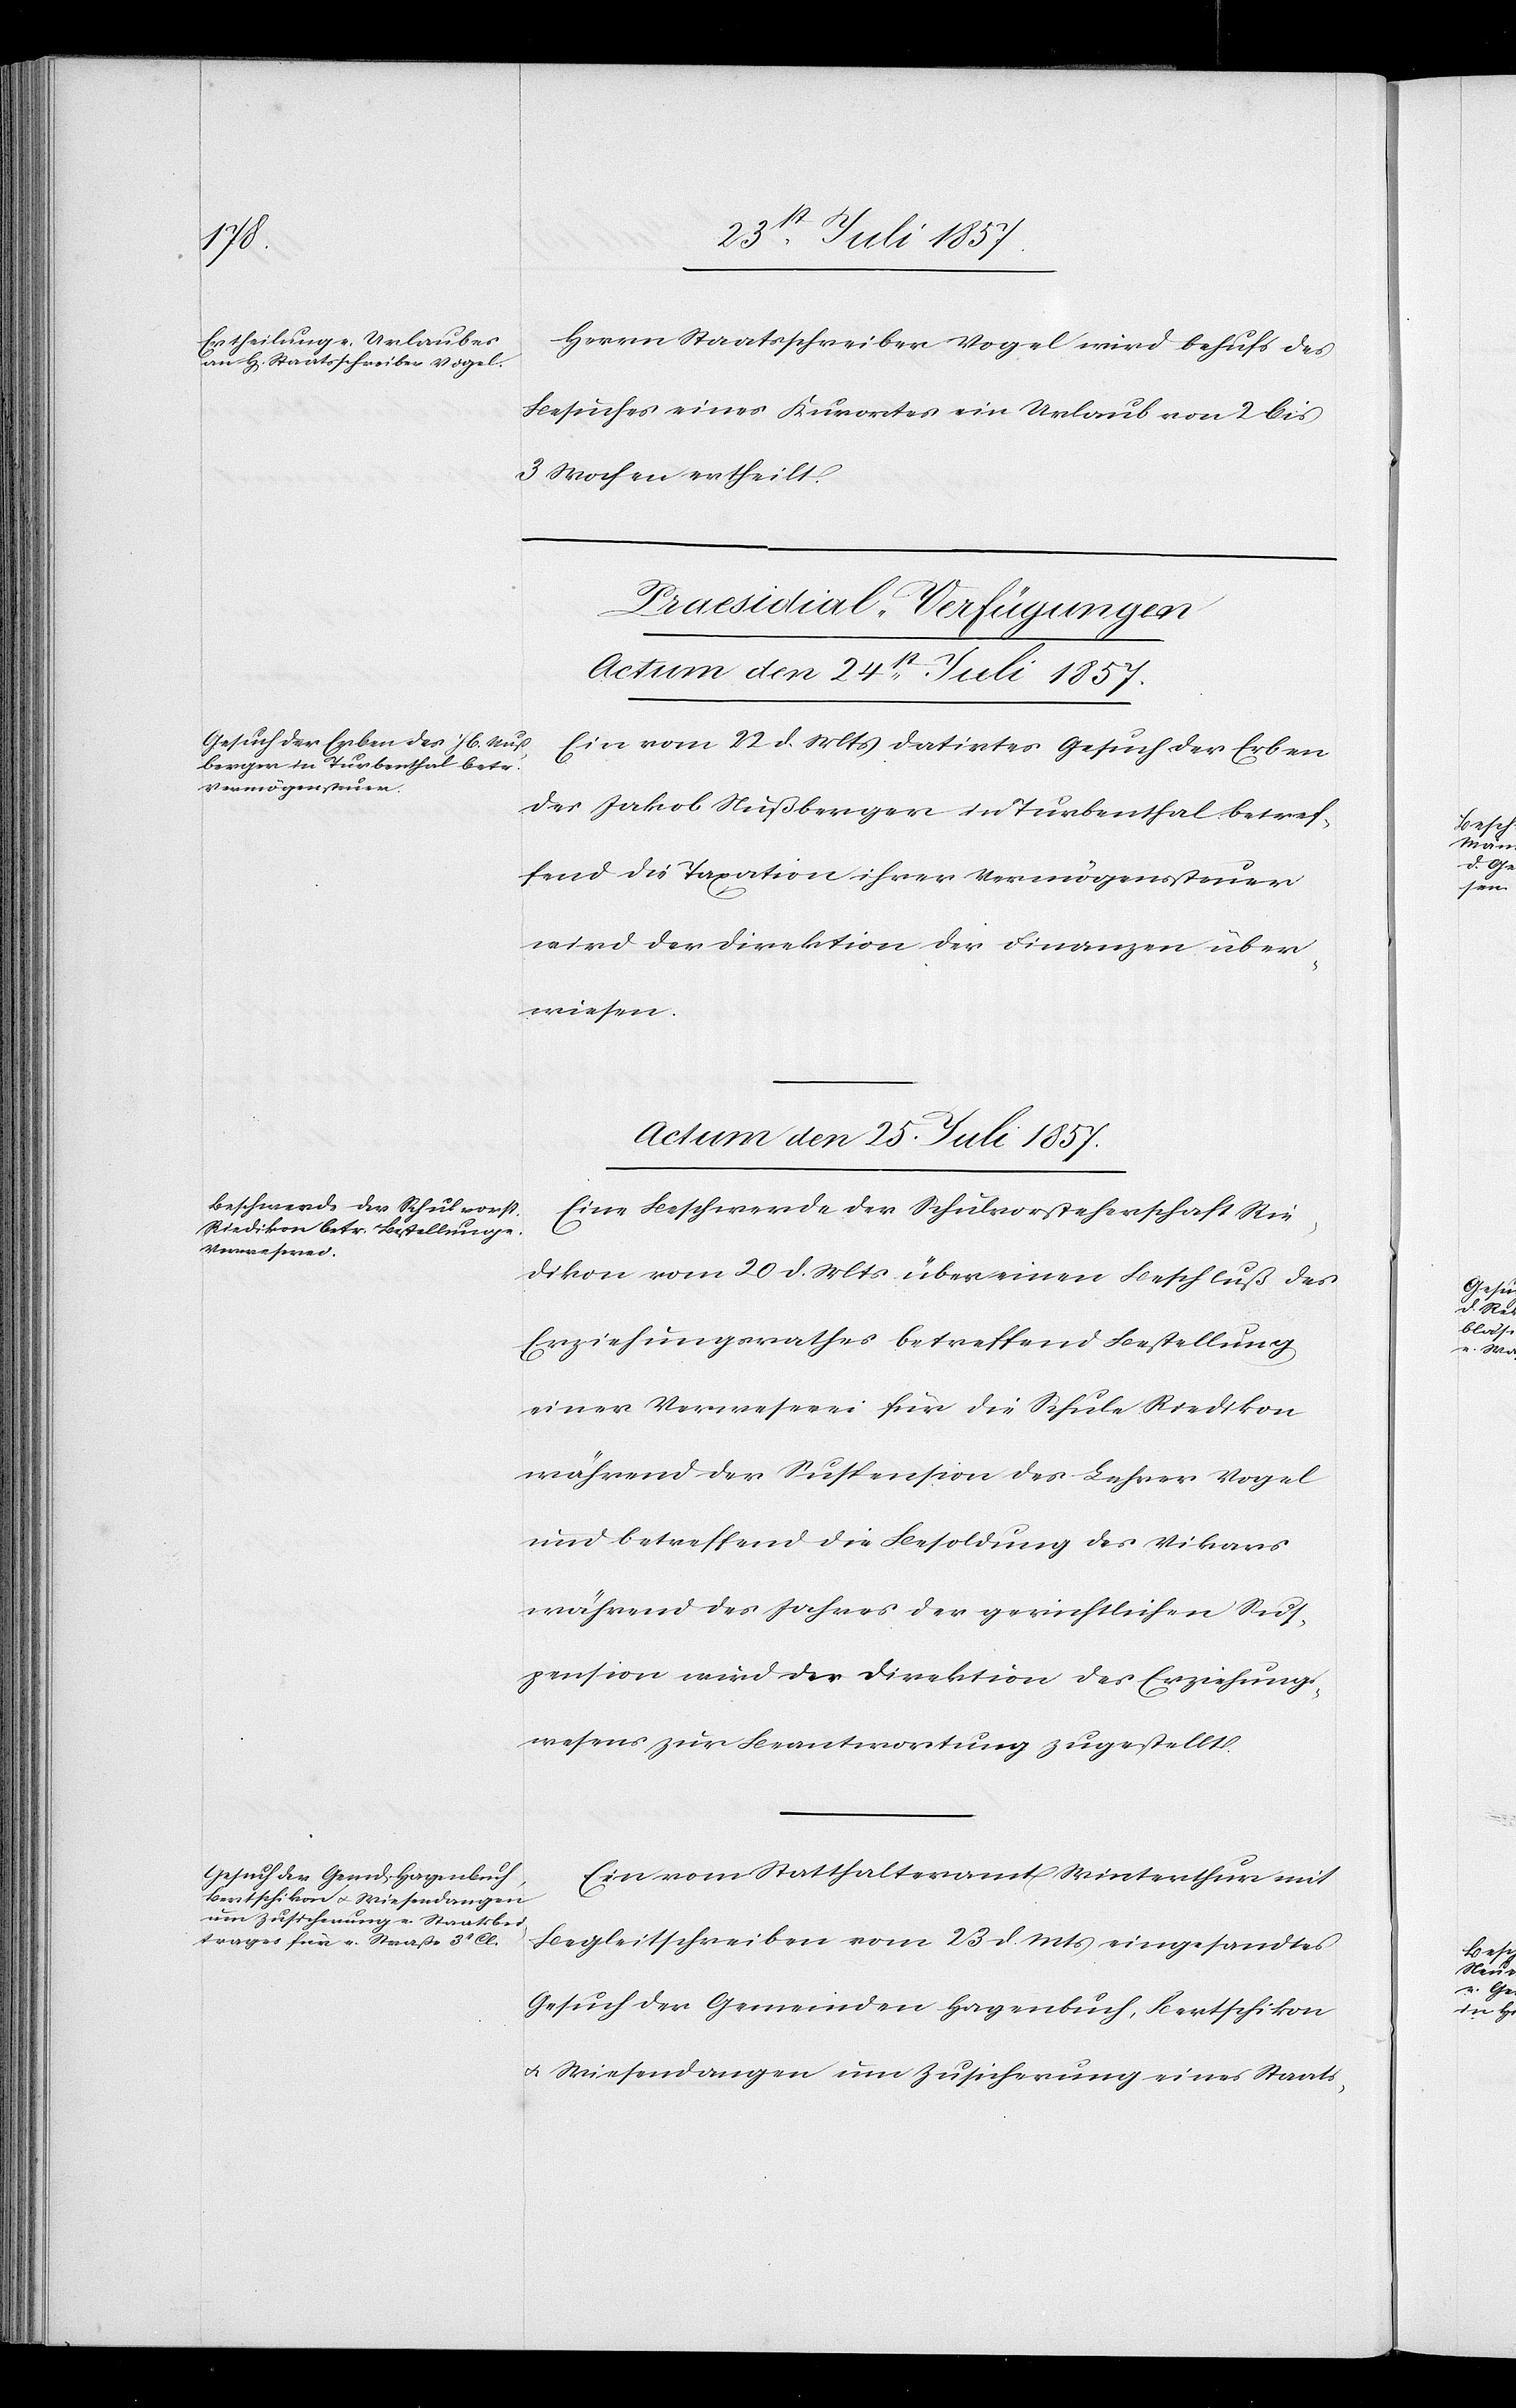
Herrn Staatsschreiber Vogel wird behufs des
Besuches eines Kurortes ein Urlaub von 2 bis
3 Wochen ertheilt.
[Praesidial-Verfügungen.
Actum den 25t Juli 1857.]
Ein vom 22 d. Mts. datirtes Gesuch der Erben
des Jakob Nußberger in Turbenthal betref¬
fend die Taxation ihrer Vermögenssteuer
wird der Direktion der Finanzen über¬
wiesen.
Eine Beschwerde der Schulvorsteherschaft Rie¬
dikon vom 20 d. Mts. über einen Beschluß des
Erziehungsrathes betreffend Bestellung
einer Verweserin für die Schule Riedikon
während der Suspension des Lehrer Vogel
und betreffend die Besoldung des Vikars
während des Jahres der gerichtlichen Sus¬
pension wird der Direktion des Erziehungs¬
wesens zur Beantwortung zugestellt.
Ein vom Statthalteramt Winterthur mit
Begleitschreiben vom 23 d. Mts. eingesandtes
Gesuch der Gemeinden Hagenbuch, Bertschikon
& Wiesendangen um Zusicherung eines Staats-